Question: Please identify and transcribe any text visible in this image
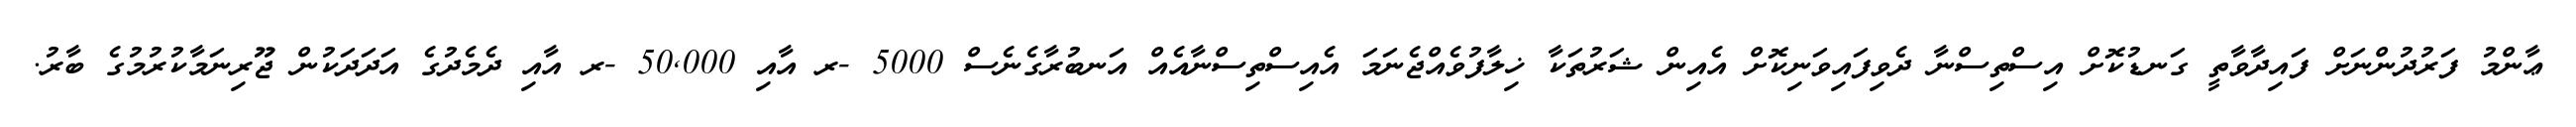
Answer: ޢާންމު ފަރުދުންނަށް ފައިދާވާތީ ގަނޑުކޮށް އިސްތިސްނާ ދެވިފައިވަނިކޮށް އެއިން ޝަރުތަކާ ޚިލާފުވެއްޖެނަމަ އެއިސްތިސްނާއެއް އަނބުރާގެނެސް 5000 -ރ އާއި 50,000 -ރ އާއި ދެމެދުގެ އަދަދަކުން ޖޫރިނަމާކުރުމުގެ ބާރު.